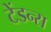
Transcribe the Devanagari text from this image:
टेंडन्स